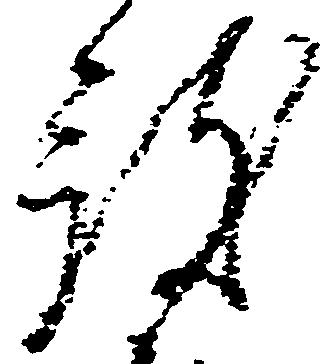
被